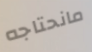
مانحتاجه